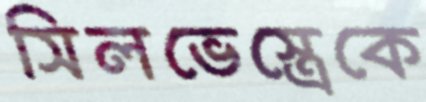
সিলভেস্ত্রেকে